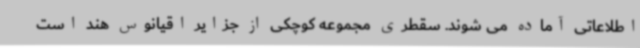
اطلاعاتی آماده می شوند. سقطری مجموعه کوچکی از جزایر اقیانوس هند است